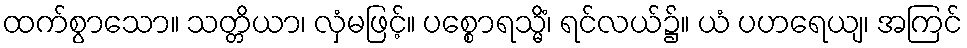
ထက်စွာသော။ သတ္တိယာ၊ လှံမဖြင့်။ ပစ္စောရသ္မိံ၊ ရင်လယ်၌။ ယံ ပဟရေယျ၊ အကြင်